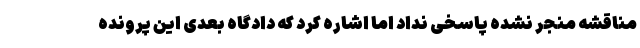
مناقشه منجر نشده پاسخی نداد اما اشاره کرد که دادگاه بعدی این پرونده